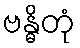
ဗန္ဓိတုံ